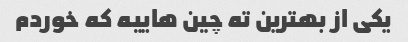
یکی از بهترین ته چین هاییه که خوردم